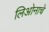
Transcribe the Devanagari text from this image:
लिओनाचे